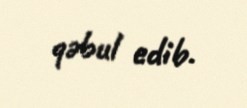
qəbul edib.